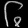
Digit: ၆